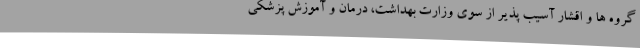
گروه ها و اقشار آسیب پذیر از سوی وزارت بهداشت، درمان و آموزش پزشکی